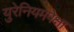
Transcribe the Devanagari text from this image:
युरेनियमपेक्षा